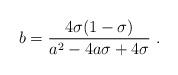
LaTeX: \begin{align*}{{b}} = {4\sigma (1-\sigma) \over {{a}}^2 -4 {{a}}\sigma + 4 \sigma}\ .\end{align*}